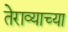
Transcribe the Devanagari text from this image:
तेराव्याच्या